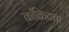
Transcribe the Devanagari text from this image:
काँक्रिटचा